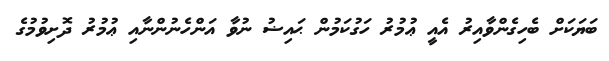
ބަޔަކަށް ބެހިގެންވާއިރު އެއީ ޢުމުރު ހަގުކަމުން ޙައިޟު ނުވާ އަންހެނުންނާއި ޢުމުރު ދޮށިވުމުގެ